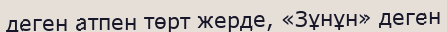
деген атпен төрт жерде, «Зұнұн» деген